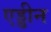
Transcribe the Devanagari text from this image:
एड्डीन